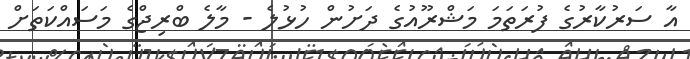
އާ ސަރުކާރުގެ ފުރަތަމަ މަޝްރޫއުގެ ދަށުން ހުޅުލެ - މާލެ ބްރިޖްގެ މަސައްކަތަށް